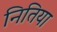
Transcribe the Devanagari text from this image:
नितिया